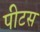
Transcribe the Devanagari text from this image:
पीटस